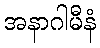
အနာဂါမီနံ